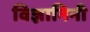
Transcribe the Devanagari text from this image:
विज्ञानिनी